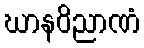
ဃာနဝိညာဏံ